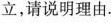
立，请说明理由。